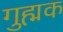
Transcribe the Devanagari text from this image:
गुह्मक